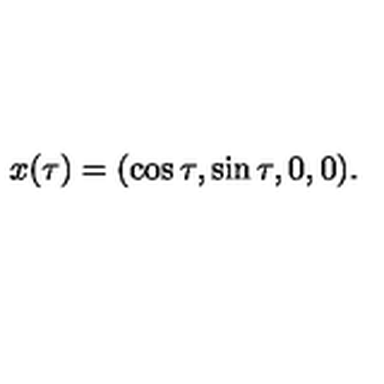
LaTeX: x ( \tau ) = ( \cos \tau , \sin \tau , 0 , 0 ) .